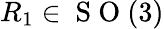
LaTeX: R_{1}\in\mathrm{~S~O~}(3)